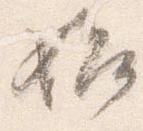
始